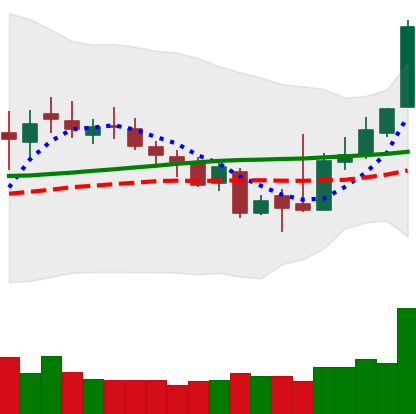
Ticker: XLM-USD
Chart end date: 2018-11-06
Forward return: 3.016%
Label: up_3_5